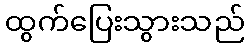
ထွက်ပြေးသွားသည်